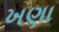
ખણા